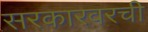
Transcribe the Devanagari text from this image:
सरकारवरची